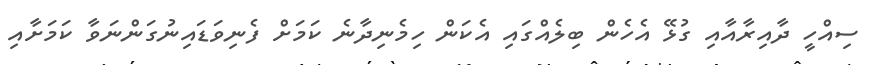
ސިއްހީ ދާއިރާއާއި ގުޅޭ އެހެން ބިލެއްގައި އެކަން ހިމެނިދާނެ ކަމަށް ފެނިވަޑައިނުގަންނަވާ ކަމަށާއި